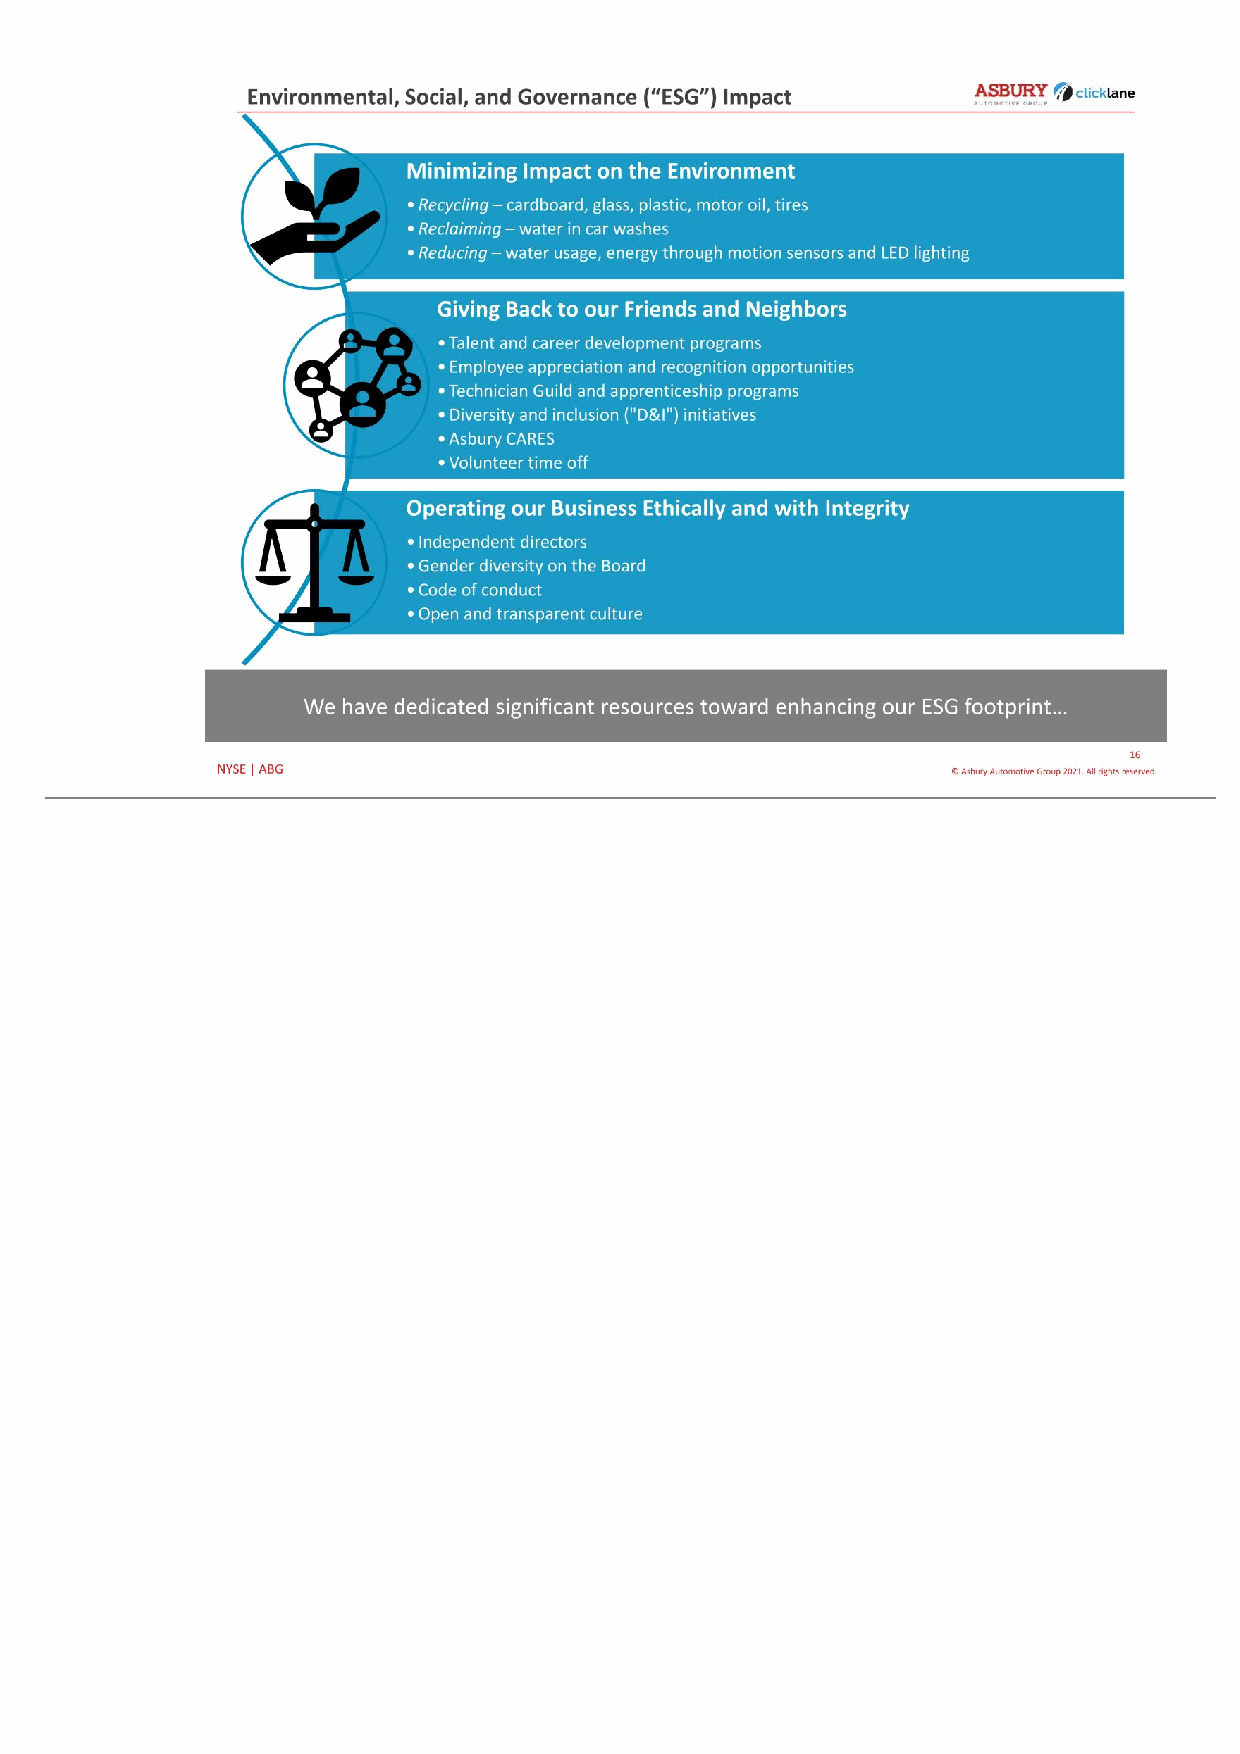
16 © Asbury Automotive Group 2021. All rights reserved.NYSE | ABG Environmental, Social, and Governance (“ESG”) Impact We have dedicated significant resources toward enhancing our ESG footprint… Minimizing Impact on the Environment • Recycling – cardboard, glass, plastic, motor oil, tires • Reclaiming – water in car washes • Reducing – water usage, energy through motion sensors and LED lighting Giving Back to our Friends and Neighbors • Talent and career development programs • Employee appreciation and recognition opportunities • Technician Guild and apprenticeship programs • Diversity and inclusion ("D&I") initiatives • Asbury CARES • Volunteer time off Operating our Business Ethically and with Integrity • Independent directors • Gender diversity on the Board • Code of conduct • Open and transparent culture